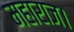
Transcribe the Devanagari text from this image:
महाराज।